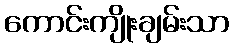
ကောင်းကျိုးချမ်းသာ